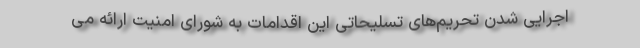
اجرایی شدن تحریم‌های تسلیحاتی این اقدامات به شورای امنیت ارائه می